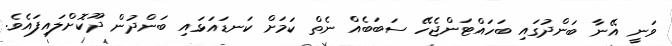
ވަނީ އޭނާ ބަންދުގައި ބަހައްޓަންޖެހޭ ސަބަބެއް ނެތް ކަމަށް ކަނޑައަޅައި ބަންދުން ދޫކޮށްލައިފައެވެ.